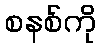
စနစ်ကို